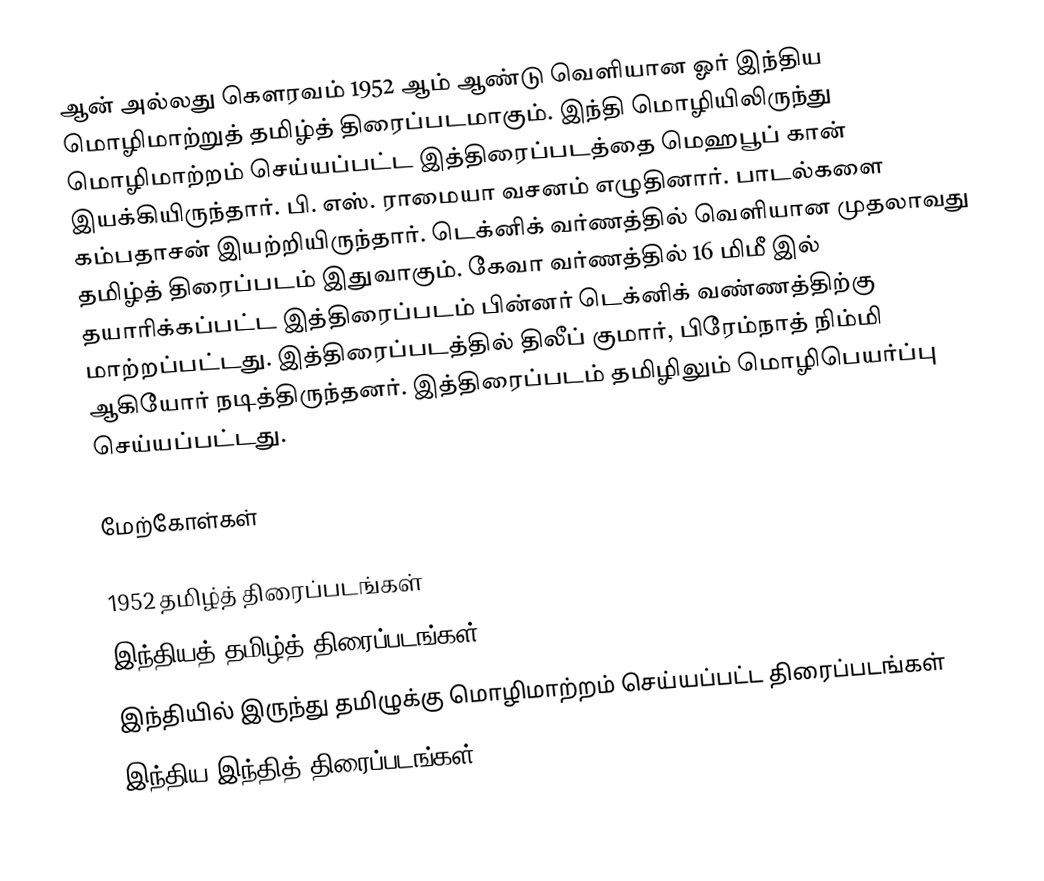
ஆன் அல்லது கௌரவம் 1952 ஆம் ஆண்டு வெளியான ஓர் இந்திய மொழிமாற்றுத் தமிழ்த் திரைப்படமாகும். இந்தி மொழியிலிருந்து மொழிமாற்றம் செய்யப்பட்ட இத்திரைப்படத்தை மெஹபூப் கான் இயக்கியிருந்தார். பி. எஸ். ராமையா வசனம் எழுதினார். பாடல்களை கம்பதாசன் இயற்றியிருந்தார். டெக்னிக் வர்ணத்தில் வெளியான முதலாவது தமிழ்த் திரைப்படம் இதுவாகும். கேவா வர்ணத்தில் 16 மிமீ இல் தயாரிக்கப்பட்ட இத்திரைப்படம் பின்னர் டெக்னிக் வண்ணத்திற்கு மாற்றப்பட்டது. இத்திரைப்படத்தில் திலீப் குமார், பிரேம்நாத் நிம்மி ஆகியோர் நடித்திருந்தனர். இத்திரைப்படம் தமிழிலும் மொழிபெயர்ப்பு செய்யப்பட்டது.

மேற்கோள்கள்

1952 தமிழ்த் திரைப்படங்கள்
இந்தியத் தமிழ்த் திரைப்படங்கள்
இந்தியில் இருந்து தமிழுக்கு மொழிமாற்றம் செய்யப்பட்ட திரைப்படங்கள்
இந்திய இந்தித் திரைப்படங்கள்